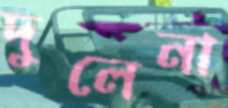
দুলেনা